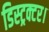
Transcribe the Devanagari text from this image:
डिस्ट्रक्टर।